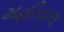
મહીયલ